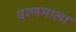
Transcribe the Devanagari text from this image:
वरणमाला